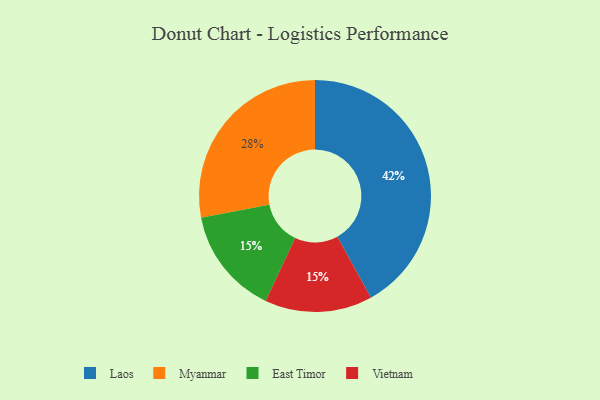
{"axis": {"x": "Category", "y": "Percentage"}, "legend": ["East Timor", "Laos", "Myanmar", "Vietnam"], "data": [{"x": "Myanmar", "y": 28, "type": "Myanmar"}, {"x": "Laos", "y": 42, "type": "Laos"}, {"x": "East Timor", "y": 15, "type": "East Timor"}, {"x": "Vietnam", "y": 15, "type": "Vietnam"}]}